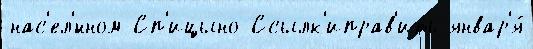
нас'ел'́нном Сп'ицыно Ссылк'иправ'ить январ'я́